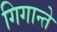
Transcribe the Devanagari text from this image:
गिगान्ते